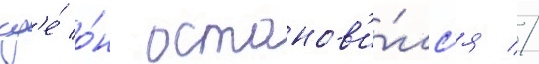
гд'е́ о́н останов'и́лс'я //